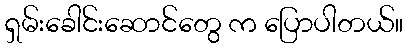
ရှမ်းခေါင်းဆောင်တွေ က ပြောပါတယ်။